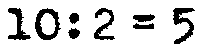
10:2 = 5